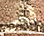
قص